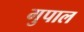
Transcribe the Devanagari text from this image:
गुपाल